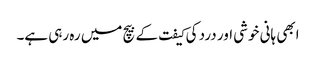
ابھی ہانی خوشی اور درد کی کیفت کے بیچ میں رہ رہی ہے۔